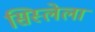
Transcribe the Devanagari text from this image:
सिस्लेला